Anatomy and histology of ticks - Number 23
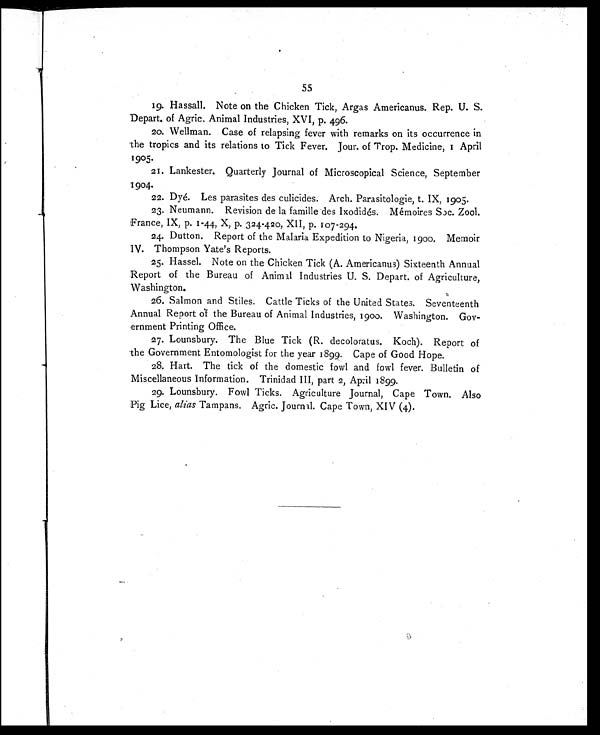
55
19. Hassall. Note on the Chicken Tick, Argas Americanus. Rep. U. S.
Depart. of Agric. Animal Industries, XVI, p. 496.
20. Wellman. Case of relapsing fever with remarks on its occurrence in
the tropics and its relations to Tick Fever. Jour. of Trop. Medicine, 1 April
1905.
21. Lankester. Quarterly Journal of Microscopical Science, September
1904.
22. Dyé. Les parasites des culicides. Arch. Parasitologie, t. IX, 1905.
23. Neumann. Revision de la famille des Ixodidés. Mémoires Soc. Zool.
France, IX, p. 1-44, X, P. 324-420, XII, p. 107-294.
24. Dutton. Report of the Malaria Expedition to Nigeria, 1900. Memoir
IV. Thompson Yate's Reports.
25. Hassel. Note on the Chicken Tick (A. Americanus) Sixteenth Annual
Report of the Bureau of Animal Industries U. S. Depart. of Agriculture,
Washington.
26. Salmon and Stiles. Cattle Ticks of the United States. Seventeenth
Annual Report of the Bureau of Animal Industries, 1900. Washington. Gov-
ernment Printing Office.
27. Lounsbury. The Blue Tick (R. decoloratus. Koch). Report of
the Government Entomologist for the year 1899. Cape of Good Hope.
28. Hart. The tick of the domestic fowl and fowl fever. Bulletin of
Miscellaneous Information. Trinidad III, part 2, April 1899.
29. Lounsbury. Fowl Ticks. Agriculture Journal, Cape Town. Also
Pig Lice, alias Tampans. Agric. Journal. Cape Town, XIV (4).